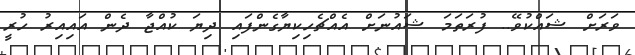
ވަރަށް ޝައްކުވޭ.. ފުރަތަމަ ޝައުނަށް އެއްޗެހިކިޔާގެންފައި ދިޔަ ކުއްޖާ ދެން އައިއިރު ހުރީ